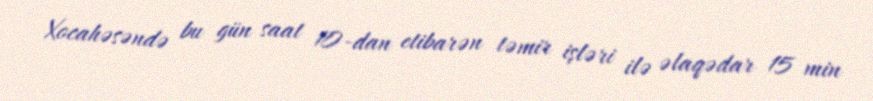
Xocahəsəndə bu gün saat 10-dan etibarən təmir işləri ilə əlaqədar 15 min